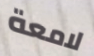
لامعة